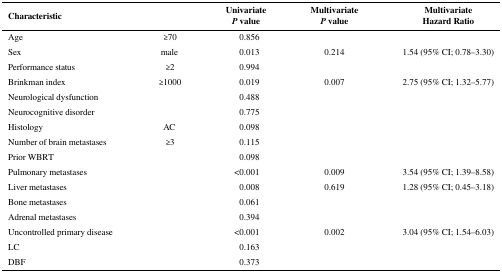
<table><thead><tr><td><b>Characteristic</b></td><td></td><td><b>Univariate<i>P</i> value</b></td><td><b>Multivariate<i>P</i> value</b></td><td><b>MultivariateHazard Ratio</b></td></tr></thead><tbody><tr><td>Age</td><td>≥70</td><td>0.856</td><td></td><td></td></tr><tr><td>Sex</td><td>male</td><td>0.013</td><td>0.214</td><td>1.54 (95% CI; 0.78–3.30)</td></tr><tr><td>Performance status</td><td>≥2</td><td>0.994</td><td></td><td></td></tr><tr><td>Brinkman index</td><td>≥1000</td><td>0.019</td><td>0.007</td><td>2.75 (95% CI; 1.32–5.77)</td></tr><tr><td>Neurological dysfunction</td><td></td><td>0.488</td><td></td><td></td></tr><tr><td>Neurocognitive disorder</td><td></td><td>0.775</td><td></td><td></td></tr><tr><td>Histology</td><td>AC</td><td>0.098</td><td></td><td></td></tr><tr><td>Number of brain metastases</td><td>≥3</td><td>0.115</td><td></td><td></td></tr><tr><td>Prior WBRT</td><td></td><td>0.098</td><td></td><td></td></tr><tr><td>Pulmonary metastases</td><td></td><td>&lt;0.001</td><td>0.009</td><td>3.54 (95% CI; 1.39–8.58)</td></tr><tr><td>Liver metastases</td><td></td><td>0.008</td><td>0.619</td><td>1.28 (95% CI; 0.45–3.18)</td></tr><tr><td>Bone metastases</td><td></td><td>0.061</td><td></td><td></td></tr><tr><td>Adrenal metastases</td><td></td><td>0.394</td><td></td><td></td></tr><tr><td>Uncontrolled primary disease</td><td></td><td>&lt;0.001</td><td>0.002</td><td>3.04 (95% CI; 1.54–6.03)</td></tr><tr><td>LC</td><td></td><td>0.163</td><td></td><td></td></tr><tr><td>DBF</td><td></td><td>0.373</td><td></td><td></td></tr></tbody></table>